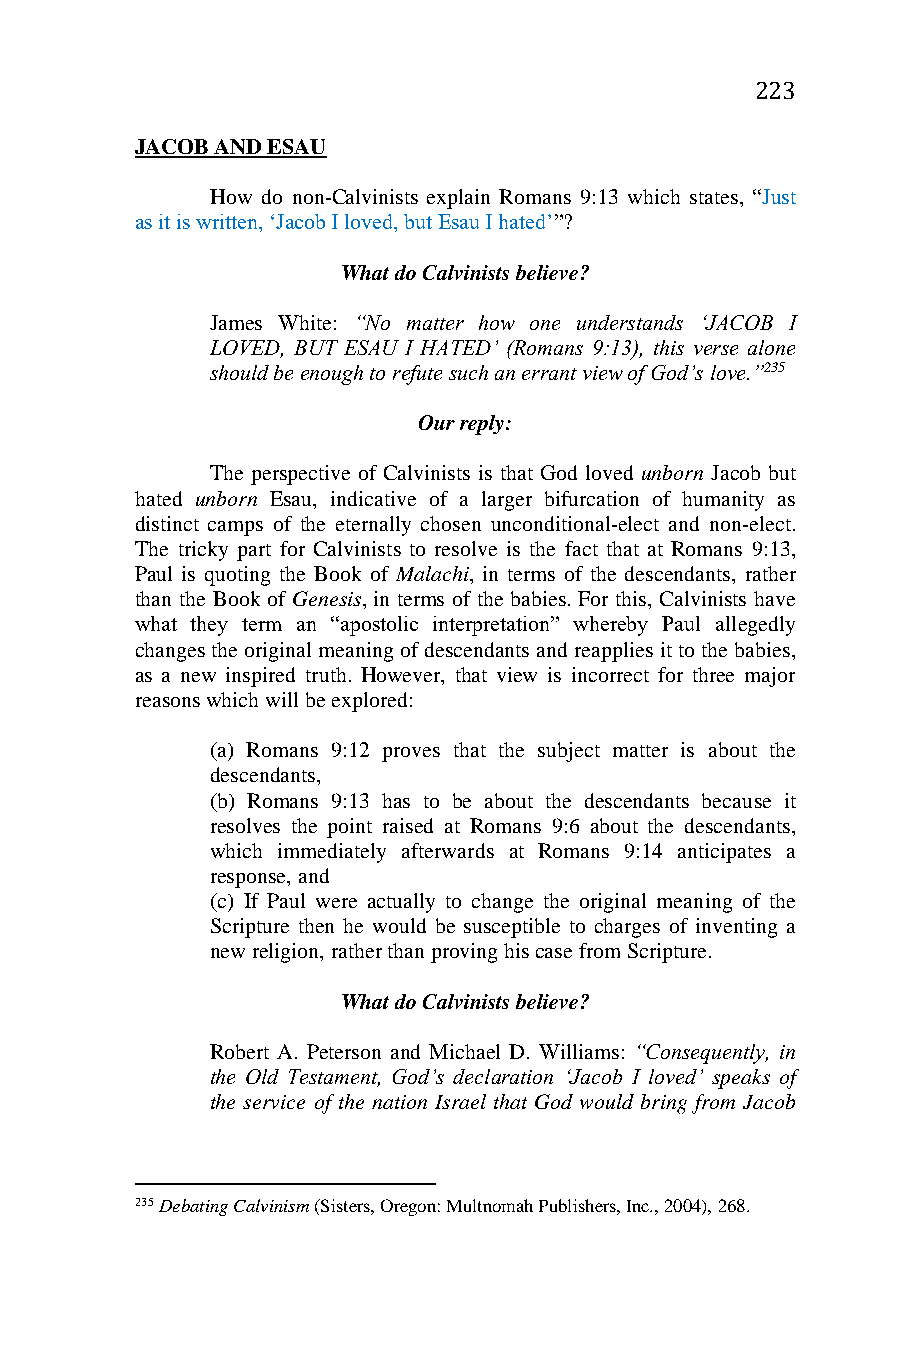
223
 JACOB AND ESAU
 How do non-Calvinists explain Romans 9:13 which states, “Just
 as it is written, ‘Jacob I loved, but Esau I hated’”?
 What do Calvinists believe?
 James White: “No matter how one understands ‘JACOB I
 LOVED, BUT ESAU I HATED’ (Romans 9:13), this verse alone
 should be enough to refute such an errant view of God’s love.”235
 Our reply:
 The perspective of Calvinists is that God loved unborn Jacob but
 hated unborn Esau, indicative of a larger bifurcation of humanity as
 distinct camps of the eternally chosen unconditional-elect and non-elect.
 The tricky part for Calvinists to resolve is the fact that at Romans 9:13,
 Paul is quoting the Book of Malachi, in terms of the descendants, rather
 than the Book of Genesis, in terms of the babies. For this, Calvinists have
 what they term an “apostolic interpretation” whereby Paul allegedly
 changes the original meaning of descendants and reapplies it to the babies,
 as a new inspired truth. However, that view is incorrect for three major
 reasons which will be explored:
 (a) Romans 9:12 proves that the subject matter is about the
 descendants,
 (b) Romans 9:13 has to be about the descendants because it
 resolves the point raised at Romans 9:6 about the descendants,
 which immediately afterwards at Romans 9:14 anticipates a
 response, and
 (c) If Paul were actually to change the original meaning of the
 Scripture then he would be susceptible to charges of inventing a
 new religion, rather than proving his case from Scripture.
 What do Calvinists believe?
 Robert A. Peterson and Michael D. Williams: “Consequently, in
 the Old Testament, God’s declaration ‘Jacob I loved’ speaks of
 the service of the nation Israel that God would bring from Jacob
 235 Debating Calvinism (Sisters, Oregon: Multnomah Publishers, Inc., 2004), 268.